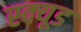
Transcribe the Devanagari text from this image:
स्क्यूड